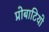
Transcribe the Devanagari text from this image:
प्रोबाटियो